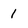
Character: 1